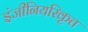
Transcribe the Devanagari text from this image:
इंजीनियरिकृत